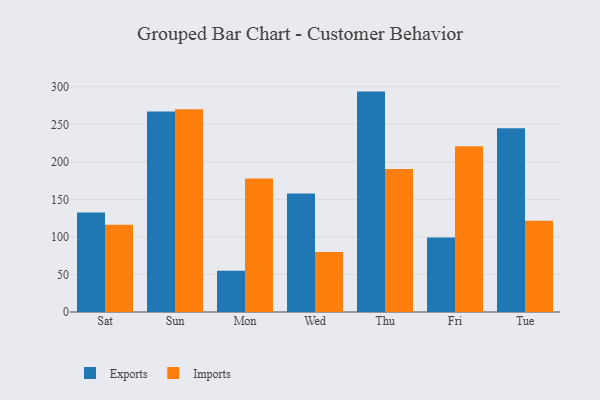
{"axis": {"x": "Day", "y": "Churn Rate (%)"}, "legend": ["Exports", "Imports"], "data": [{"x": "Sat", "y": 132.4, "type": "Exports"}, {"x": "Sat", "y": 116.3, "type": "Imports"}, {"x": "Sun", "y": 267.0, "type": "Exports"}, {"x": "Sun", "y": 270.1, "type": "Imports"}, {"x": "Mon", "y": 54.9, "type": "Exports"}, {"x": "Mon", "y": 177.8, "type": "Imports"}, {"x": "Wed", "y": 158.0, "type": "Exports"}, {"x": "Wed", "y": 79.9, "type": "Imports"}, {"x": "Thu", "y": 293.6, "type": "Exports"}, {"x": "Thu", "y": 190.4, "type": "Imports"}, {"x": "Fri", "y": 99.1, "type": "Exports"}, {"x": "Fri", "y": 220.7, "type": "Imports"}, {"x": "Tue", "y": 244.7, "type": "Exports"}, {"x": "Tue", "y": 121.4, "type": "Imports"}]}